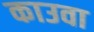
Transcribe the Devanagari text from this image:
काउवा